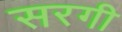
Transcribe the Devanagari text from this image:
सरगी